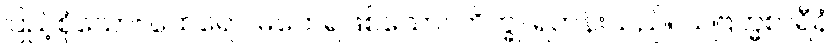
ပြည့်စုံသော။ ထေရော၊ မထေရ်ဖြစ်သော။ ဘိက္ခု၊ ရဟန်းသည်။ သဗြဟ္မစာရီနံ၊